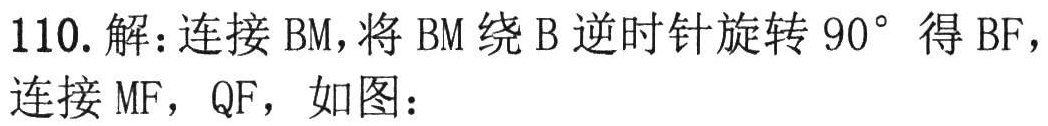
110. 解：连接 \(BM\)，将 \(BM\) 绕 \(B\) 逆时针旋转 \(90^{\circ}\) 得 \(BF\)，连接 \(MF\)，\(QF\)，如图：